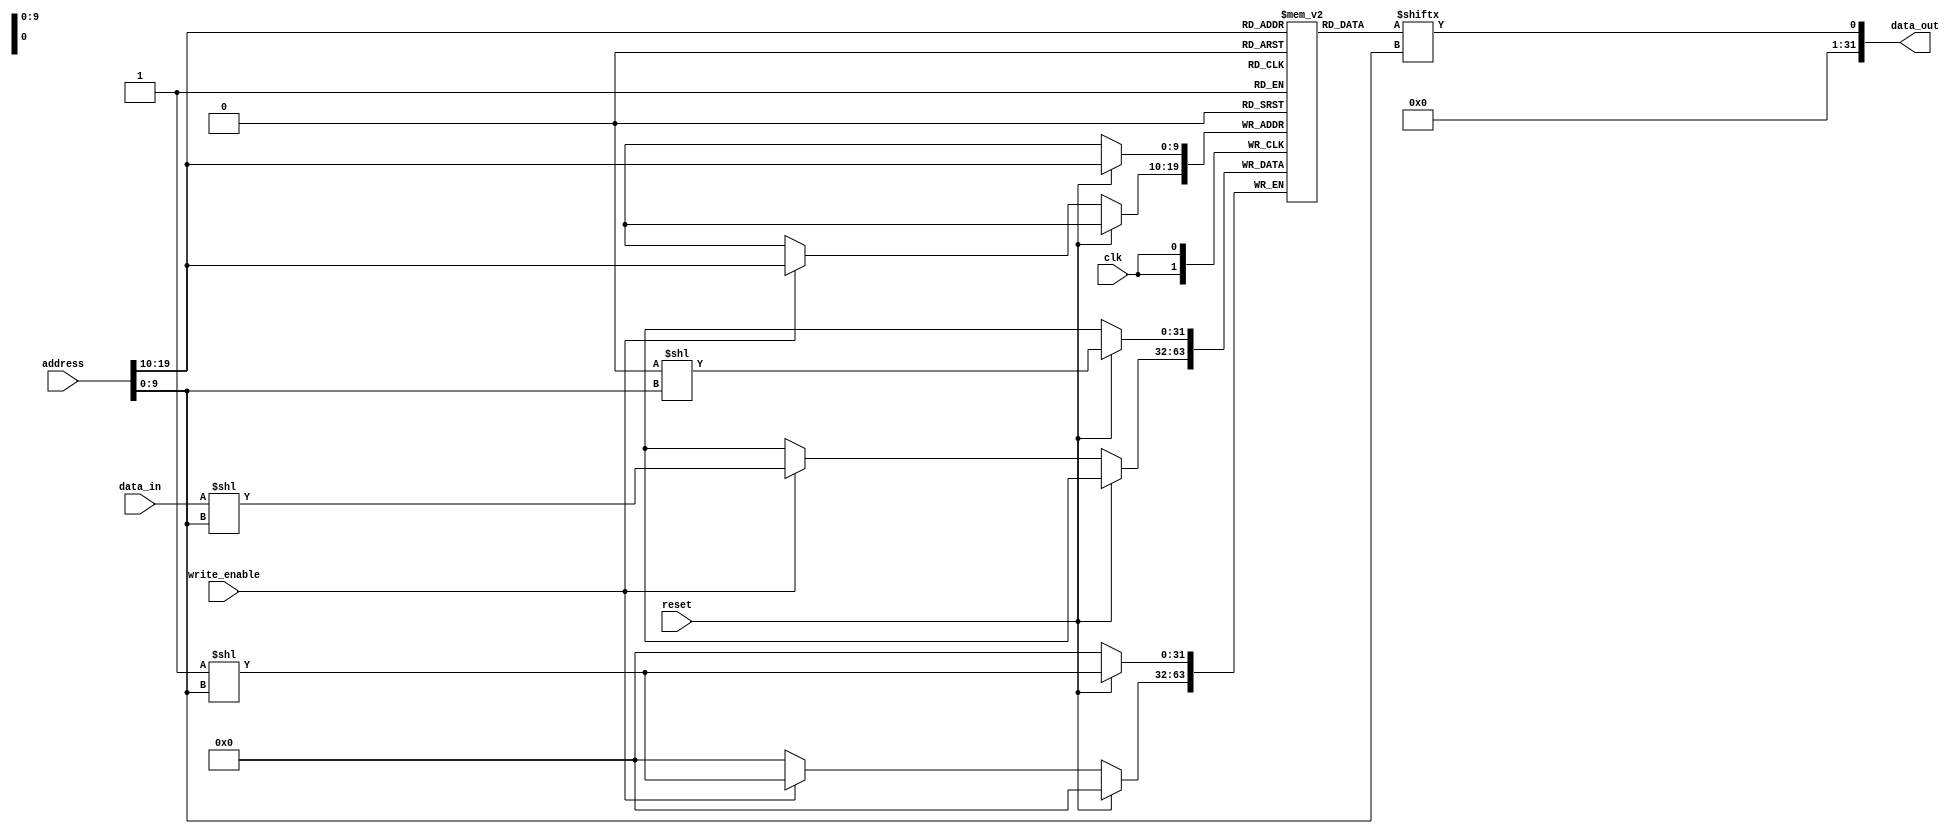
module MemoryBlocks(
    input wire clk,
    input wire reset,
    input wire [31:0] address,
    input wire write_enable,
    input wire [31:0] data_in,
    output reg [31:0] data_out
);

reg [31:0] memory_array [0:1023]; // Memory array with 1024 rows

// Column decoder
reg [9:0] column_address;
always @(*) begin
    column_address = address[9:0]; // Extracting column address from input address
end

// Row decoder
reg [9:0] row_address;
always @(*) begin
    row_address = address[19:10]; // Extracting row address from input address
end

// Write control logic
always @(posedge clk) begin
    if (reset) begin
        memory_array[row_address][column_address] <= 0; // Reset memory cell at specified row and column
    end else begin
        if (write_enable) begin
            memory_array[row_address][column_address] <= data_in; // Write data to specified row and column
        end
    end
end

// Read control logic
always @(*) begin
    data_out = memory_array[row_address][column_address]; // Read data from specified row and column
end

endmodule